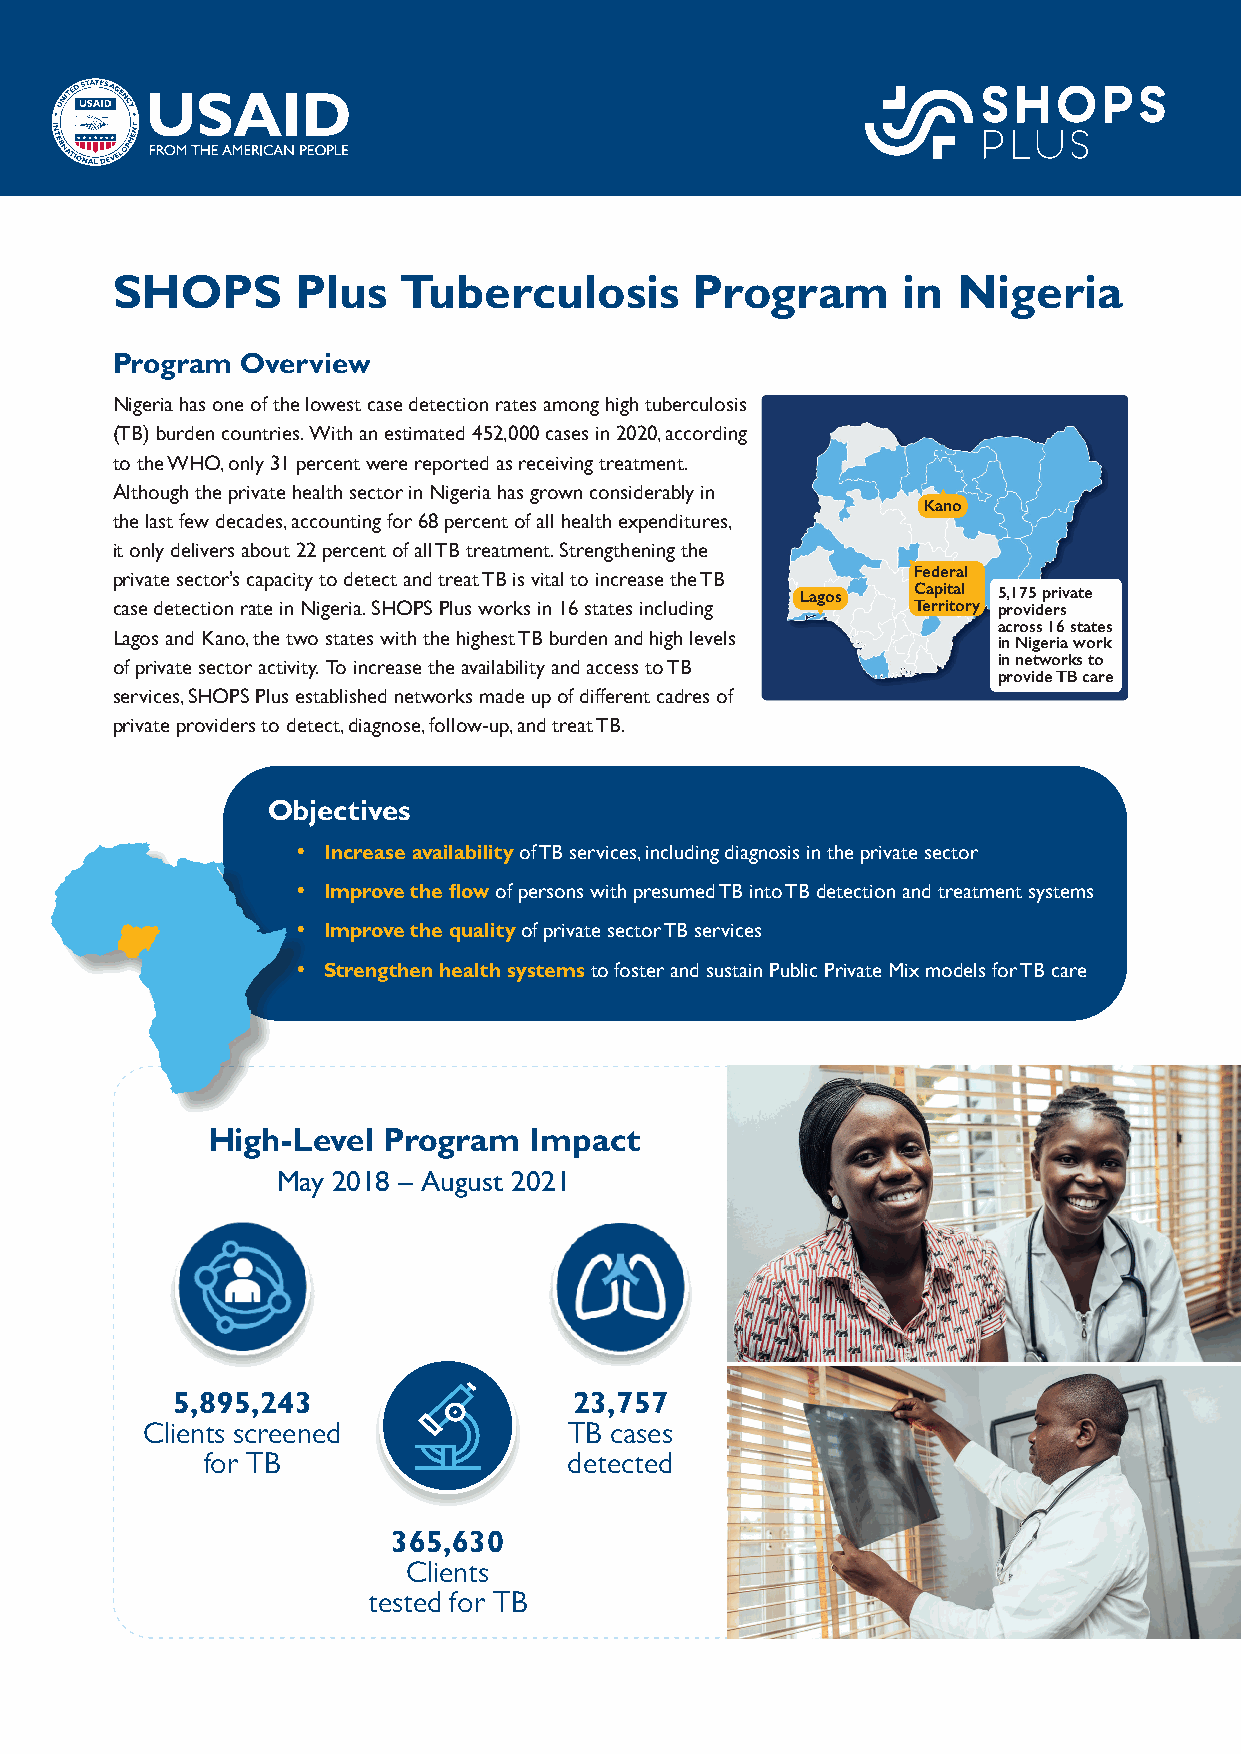
SHOPS        Plus   Tuberculosis       Program       in Nigeria
 Program  Overview
 Nigeria has one of the lowest case detection rates among high tuberculosis
 (TB) burden countries. With an estimated 452,000 cases in 2020, according
 to the WHO, only 31 percent were reported as receiving treatment.
 Although the private health sector in Nigeria has grown considerably in
 Kano
 the last few decades, accounting for 68 percent of all health expenditures,
 it only delivers about 22 percent of all TB treatment. Strengthening the
 private sector’s capacity to detect and treat TB is vital to increase the TB Federal
 Lagos  Capital 5,175 private
 case detection rate in Nigeria. SHOPS Plus works in 16 states including Territory providers
 across 16 states
 Lagos and Kano, the two states with the highest TB burden and high levels
 in Nigeria work
 of private sector activity. To increase the availability and access to TB in networks to
 provide TB care
 services, SHOPS Plus established networks made up of different cadres of
 private providers to detect, diagnose, follow-up, and treat TB.
 Objectives
 • Increase availability of TB services, including diagnosis in the private sector
 • Improve the flow of persons with presumed TB into TB detection and treatment systems
 • Improve the quality of private sector TB services
 • Strengthen health systems to foster and sustain Public Private Mix models for TB care
 High-Level Program   Impact
 May 2018 – August 2021
 5,895,243                  23,757
 Clients screened             TB cases
 for TB                   detected
 365,630
 Clients
 tested for TB